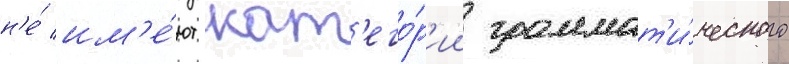
н'е́ им'е́ют кат'его́р'ии граммат'и́ческого